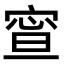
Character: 𡩉